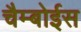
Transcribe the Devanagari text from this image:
चैम्बोईस